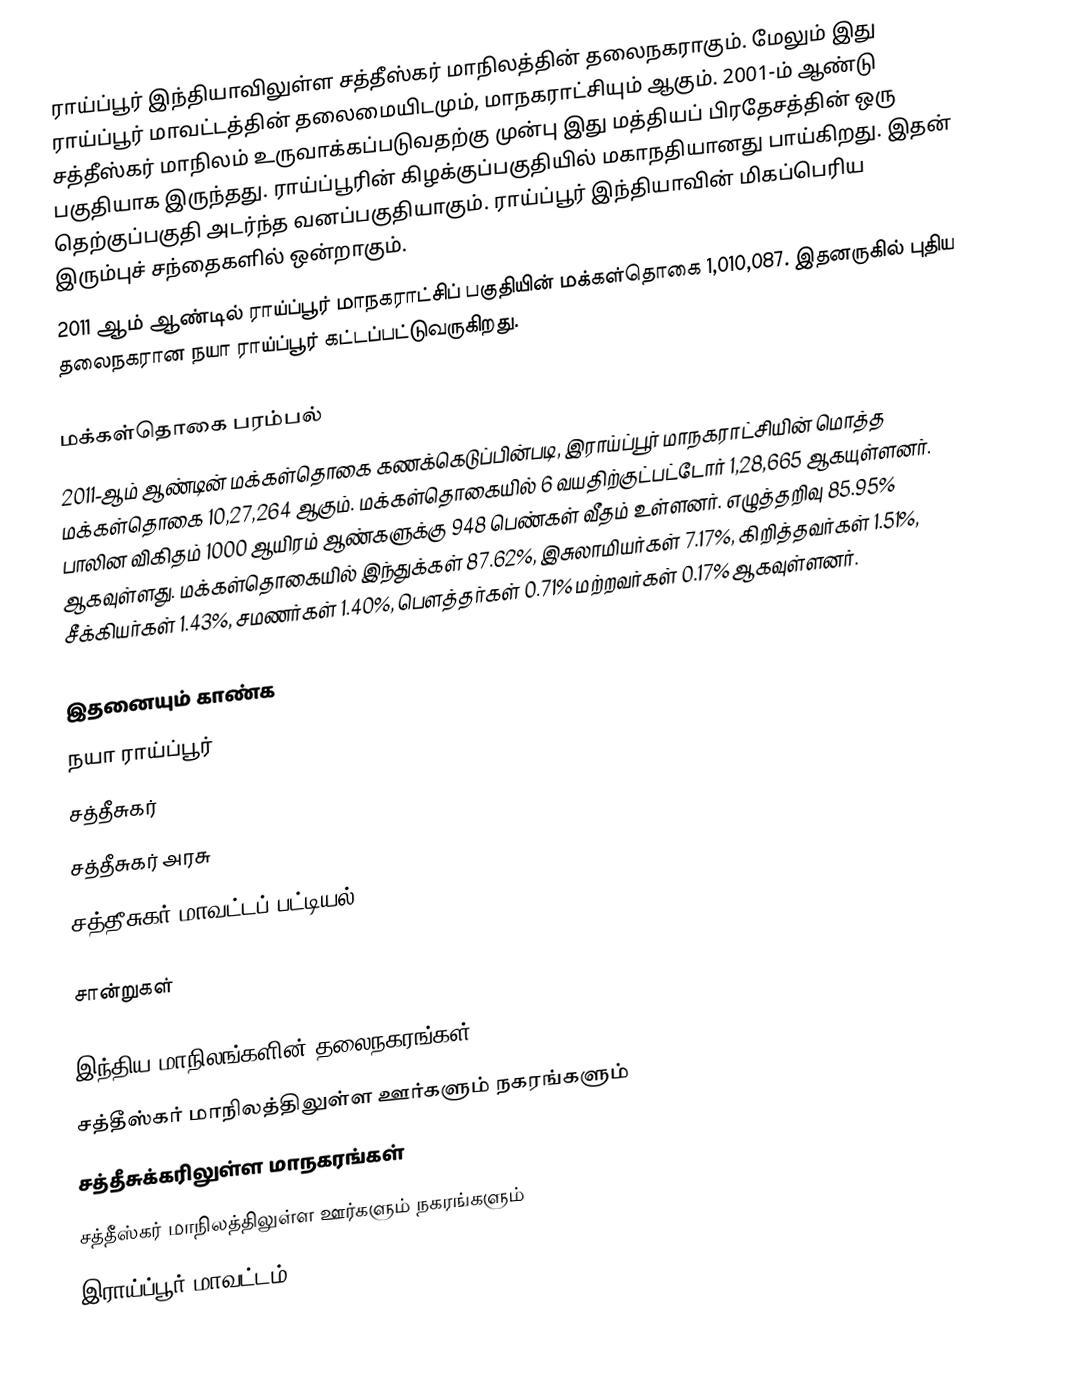
ராய்ப்பூர் இந்தியாவிலுள்ள சத்தீஸ்கர் மாநிலத்தின் தலைநகராகும். மேலும் இது ராய்ப்பூர் மாவட்டத்தின் தலைமையிடமும், மாநகராட்சியும் ஆகும். 2001-ம் ஆண்டு சத்தீஸ்கர் மாநிலம் உருவாக்கப்படுவதற்கு முன்பு இது மத்தியப் பிரதேசத்தின் ஒரு பகுதியாக இருந்தது. ராய்ப்பூரின் கிழக்குப்பகுதியில் மகாநதியானது பாய்கிறது. இதன் தெற்குப்பகுதி அடர்ந்த வனப்பகுதியாகும். ராய்ப்பூர் இந்தியாவின் மிகப்பெரிய இரும்புச் சந்தைகளில் ஒன்றாகும்.
2011 ஆம் ஆண்டில் ராய்ப்பூர் மாநகராட்சிப் பகுதியின் மக்கள்தொகை 1,010,087. இதனருகில் புதிய தலைநகரான நயா ராய்ப்பூர் கட்டப்பட்டுவருகிறது.

மக்கள்தொகை பரம்பல்
2011-ஆம் ஆண்டின் மக்கள்தொகை கணக்கெடுப்பின்படி, இராய்ப்பூர் மாநகராட்சியின் மொத்த மக்கள்தொகை 10,27,264 ஆகும். மக்கள்தொகையில் 6 வயதிற்குட்பட்டோர் 1,28,665 ஆகயுள்ளனர். பாலின விகிதம் 1000 ஆயிரம் ஆண்களுக்கு 948 பெண்கள் வீதம் உள்ளனர். எழுத்தறிவு 85.95% ஆகவுள்ளது. மக்கள்தொகையில் இந்துக்கள் 87.62%, இசுலாமியர்கள் 7.17%, கிறித்தவர்கள் 1.51%, சீக்கியர்கள் 1.43%, சமணர்கள் 1.40%, பௌத்தர்கள் 0.71% மற்றவர்கள் 0.17% ஆகவுள்ளனர்.

இதனையும் காண்க
 நயா ராய்ப்பூர்
 சத்தீசுகர்
 சத்தீசுகர் அரசு
 சத்தீசுகர் மாவட்டப் பட்டியல்

சான்றுகள்

இந்திய மாநிலங்களின் தலைநகரங்கள்
சத்தீஸ்கர் மாநிலத்திலுள்ள ஊர்களும் நகரங்களும்
சத்தீசுக்கரிலுள்ள மாநகரங்கள்
சத்தீஸ்கர் மாநிலத்திலுள்ள ஊர்களும் நகரங்களும்
இராய்ப்பூர் மாவட்டம்